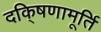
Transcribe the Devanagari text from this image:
दकि्षणामूर्ति